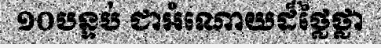
១០បន្ទប់ ជាអំណោយដ៏ថ្លៃថ្លា